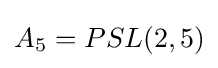
A_{5}=PSL(2,5)